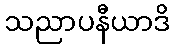
သညာပနီယာဒိ